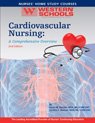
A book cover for Cardiovascular Nursing: A Comprehensive Overview; Karen M. Marzlin; Medical Books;